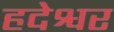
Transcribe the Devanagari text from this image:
हदेश्वर